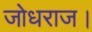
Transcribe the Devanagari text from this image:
जोधराज।